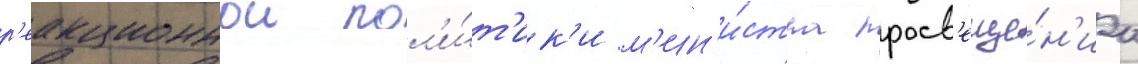
р'еакционнои пол'и́т'ик'и м'ин'и́стра просв'еще́н'иа